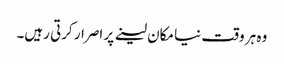
وہ ہر وقت نیا مکان لینے پر اصرار کرتی رہیں۔